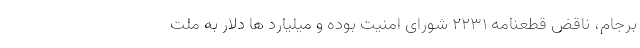
برجام، ناقض قطعنامه ۲۲۳۱ شورای امنیت بوده و میلیارد ها دلار به ملت